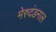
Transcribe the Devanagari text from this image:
मेरुदंडनाल